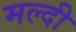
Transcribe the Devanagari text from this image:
मल्दी